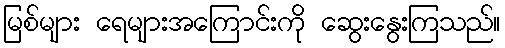
မြစ်များ ရေများအကြောင်းကို ဆွေးနွေးကြသည်။